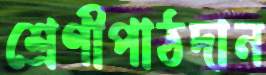
শ্রেণীপাঠদান